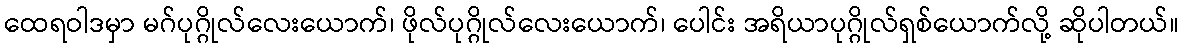
ထေရဝါဒမှာ မဂ်ပုဂ္ဂိုလ်လေးယောက်၊ ဖိုလ်ပုဂ္ဂိုလ်လေးယောက်၊ ပေါင်း အရိယာပုဂ္ဂိုလ်ရှစ်ယောက်လို့ ဆိုပါတယ်။